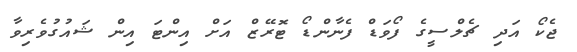
ޖެކޯ އަދި ޗެލްސީގެ ފޯވަޑް ފެނާންޑޯ ޓޮރޭޒް އަށް އިންޓަ އިން ޝައުގުވެރިވާ